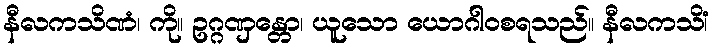
နီလကသိဏံ၊ ကို။ ဥဂ္ဂဏှန္တော၊ ယူသော ယောဂါဝစရသည်။ နီလကသိံ၊